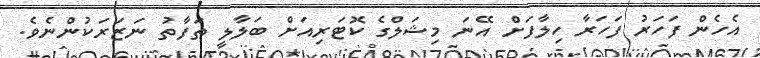
އެހެން ފަހަރު ފަހަރާ ހިލާފަށް އޭނަ މިޝަލްގެ ކޮޓަރިއަށް ބަލާލީ ތަފާތު ނަޒަރަކުންނެވެ.